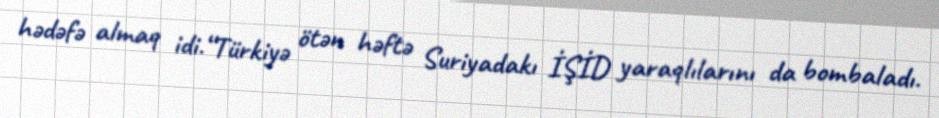
hədəfə almaq idi.“Türkiyə ötən həftə Suriyadakı İŞİD yaraqlılarını da bombaladı.